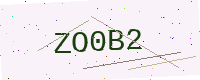
Text: ZO0B2